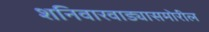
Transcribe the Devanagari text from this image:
शनिवारवाड्यासमोरील